Vaccination in Bombay 1856-1862 - 1856-1862
Year: 1856
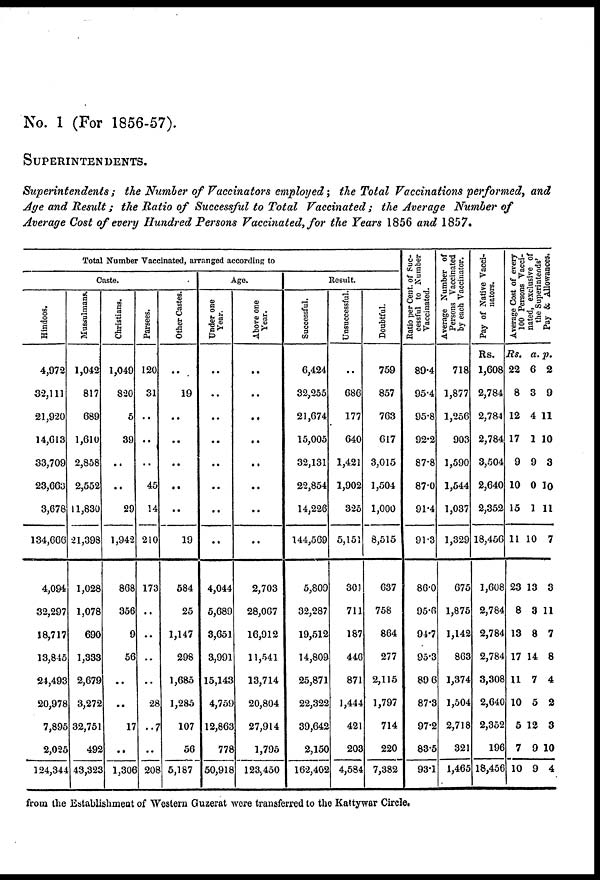
No. 1 (For 1856-57).
SUPERINTENDENTS.
Superintendents ; the Number of Vaccinators employed ; the Total Vaccinations performed, and
Age and Result ; the Ratio of Successful to Total Vaccinated ; the Average Number of
Average Cost of every Hundred Persons Vaccinated, for the Years 1856 and 1857.
Total Number Vaccinated, arranged according to
Caste.
Hindoos.
4,972
32,111
21,920
14,613
33,709
23,663
3,678
134,666
4,094
32,297
18,717
13,845
24,493
20,978
7,895
2,025
124,344
Mussulmans.
1,042
817
689
1,610
2,858
2,552
11,830
21,398
1,028
1,078
690
1,333
2,679
3,272
32,751
492
43,323
Christians.
1,049
820
5
39
..
..
29
1,942
868
356
9
56
..
..
17
..
1,306
Parsees.
120
31
..
..
..
45
14
210
173
..
..
..
..
28
..7
..
208
Other Castes.
..
19
..
..
..
..
..
19
584
25
1,147
298
1,685
1,285
107
56
5,187
Age.
Under one
Year.
..
..
..
..
..
..
..
..
4,044
5,689
3,651
3,991
15,143
4,759
12,863
778
50,918
Above one
Year.
..
..
..
..
..
..
..
..
2,703
28,067
16,912
11,541
13,714
20,804
27,914
1,795
123,450
Result.
Successful.
6,424
32,255
21,674
15,005
32,131
22,854
14,226
144,569
5,809
32,287
19,512
14,809
25,871
22,322
39,642
2,150
162,402
Unsuccessful.
..
686
177
640
1,421
1,902
325
5,151
301
711
187
446
871
1,444
421
203
4,584
Doubtful.
759
857
763
617
3,015
1,504
1,000
8,515
637
758
864
277
2,115
1,797
714
220
7,382
Ratio per Cent. of Suc-
cessful to Number
Vaccinated.
89.4
95.4
95.8
92.2
87.8
87.0
91.4
91.3
86.0
95.6
94.7
95.3
89.6
87.3
97.2
83.5
93.1
Average Number of
Persons Vaccinated
by each Vaccinator.
718
1,877
1,256
903
1,590
1,544
1,037
1,329
675
1,875
1,142
863
1,374
1,504
2,718
321
1,465
Pay of Native Vacci-
nators.
Rs.
1,608
2,784
2,784
2,784
3,504
2,640
2,352
18,456
1,608
2,784
2,784
2,784
3,308
2,640
2,352
196
18,456
Average Cost of every
100 Persons Vacci-
nated, exclusive of
the Superintends'
Pay & Allowances.
Rs.
22
8
12
17
9
10
15
11
23
8
13
17
11
10
5
7
10
a.
6
3
4
1
9
0
1
10
13
3
8
14
7
5
12
9
9
p.
2
9
11
10
3
10
11
7
3
11
7
8
4
2
3
10
4
from the Establishment of Western Guzerat were transferred to the Kattywar Circle.